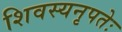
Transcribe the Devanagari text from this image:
शिवस्यनृपतेः